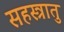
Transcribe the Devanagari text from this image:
सहस्त्रातु